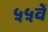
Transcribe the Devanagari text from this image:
५५वें